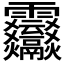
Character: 𩇒